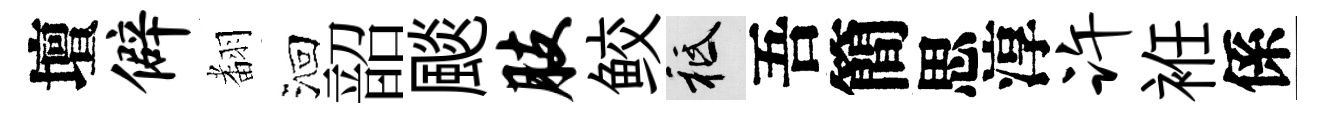
壇僻𮋒洄韶颷肢鲛祇吾簡思淳许袵係